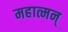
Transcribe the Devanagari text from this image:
महात्मन्‌